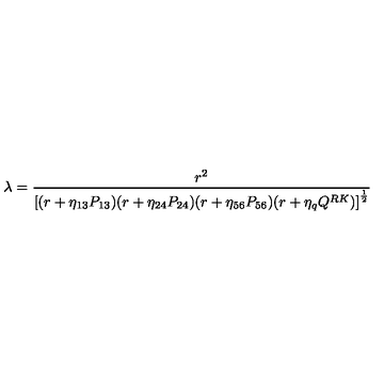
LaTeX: { \lambda = { \frac { r ^ { 2 } } { \left[ ( r + \eta _ { 1 3 } P _ { 1 3 } ) ( r + \eta _ { 2 4 } P _ { 2 4 } ) ( r + \eta _ { 5 6 } P _ { 5 6 } ) ( r + \eta _ { q } Q ^ { R K } ) \right] ^ { \frac { 1 } { 2 } } } } }